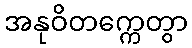
အနုဝိတက္ကေတွာ